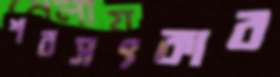
শবসৎকার